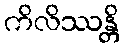
ကိလိဿန္တိ